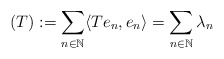
\begin{align*}(T) :=\sum_{n\in\mathbb{N}} \langle Te_n,e_n\rangle = \sum_{n\in\mathbb{N}} \lambda_n\end{align*}